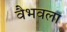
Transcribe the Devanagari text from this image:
वैभवला